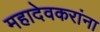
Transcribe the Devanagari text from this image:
महादेवकरांना